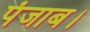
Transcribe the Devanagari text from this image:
पंजाब।